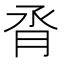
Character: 𪱝